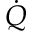
\dot { Q }